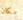
مكان